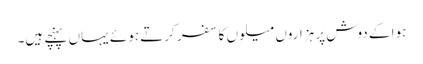
ہوا کے دوش پر ہزاروں میلوں کا سفر کرتے ہوئے یہاں پہنچے ہیں۔